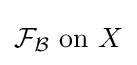
{\mathcal {F}}_{\mathcal {B}}{\text{ on }}X